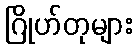
ဂြိုဟ်တုများ